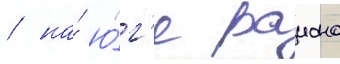
/ на́ ю́г'е раиона